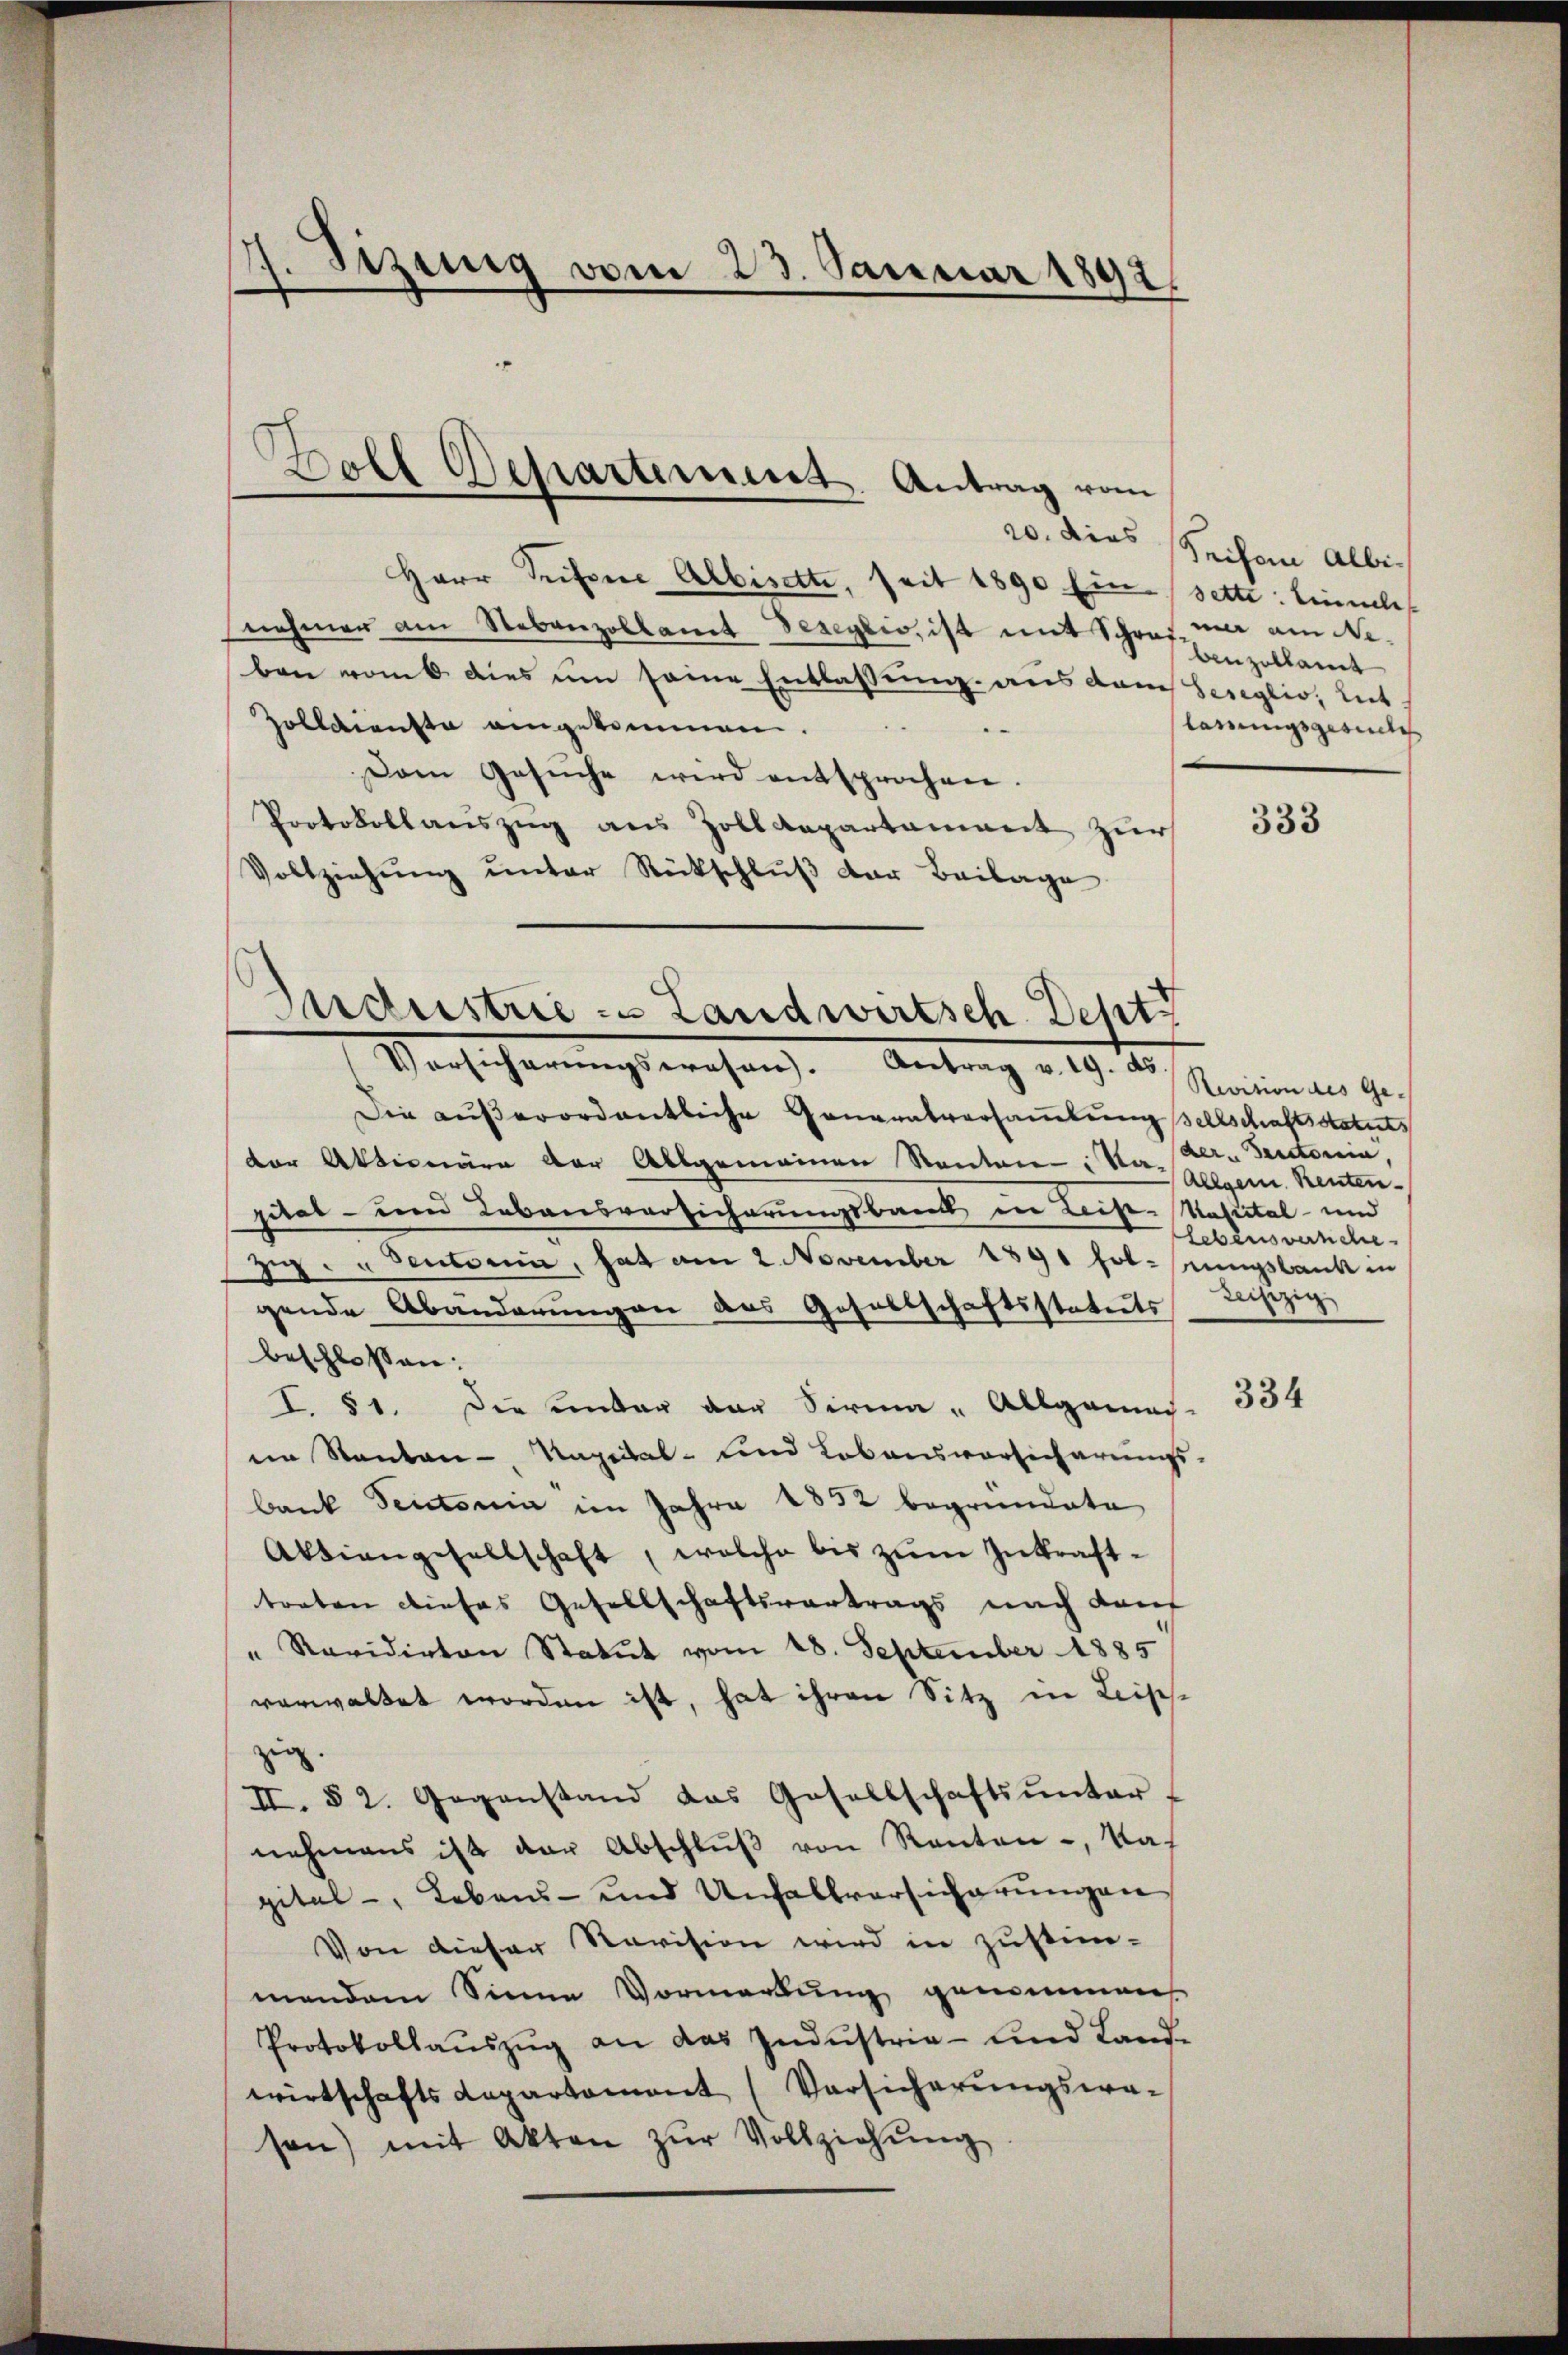
. Jizung vom 23. Januar 1892

Herr Tiefere Albisette, seit 1890 Ein sette: Einnelis
nehmer am Nebenzollamt Beseyzio, ist mit Schres, ma am Neben vom 6. dies um seine Entlassung aus dem Sereglio, lit
zolldienste eingekommen.
.
Dem Gesŭche wird entsprochen.
Protokollauszug aus Zolldepartament zur
333
Vollziehŭng ŭnter Rückschlŭβ der Beilage

Boll Departement. Antrag vom

Industrie zu Landwirtsch. Depti
Versicherŭngswesen. Antrag v. 19. ds.

Die aŭβerordentliche Generalversaṁlŭng sellschaftsstatuts
der Aktionäre der Allgemeinen Kantone: Nadern Teutonia,
pital- und Lebensversicherungsband in Leise-Kasictal- und
zŭg u Seutonia, hat am 2. November 1891 folgungsbank in
gende Abänderungen des Gesellschaftsstatuts
beschlossen:
I. 51. Die unter der Sirma " Allgemäch-
im Santen - Napital- und Lobonsvorsicherungs-
bank Pectonia im Jahre 1852 begründete
Aktiengesellschaft, welche bis zŭm Inkrafttreten dieses Gesellschaftsvertrags nach den
" Ravidirten Statut vom 18. September 1885
verwaltet worden ist, hat ihren Sitz in Löschzig.
II. § 2. Gegenstand das Gesellschaftsŭnter.
nehmens ist der Abschlŭβ von Renten -, Napital-, Lebens- und Unfallversicherŭngen
Von dieser Revision wird in zustim-
mendem Sinne Vormerkung genommen,
Protokollaŭszŭg an das Indŭstrie- und Land-
wirtschaftsdepartament (Versicherŭngswa-
sen) mit Akten zŭr Vollziehŭng

20. dies Seiten Albibenzollamt
lanungsgesuche

Revision des Ge-
Allgem. Renten
lebensvenche
Leihezig

334